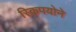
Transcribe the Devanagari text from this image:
स्किपयोने